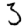
Digit: 3